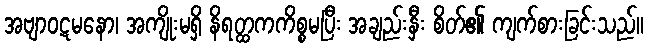
အဗျာဝဋမနော၊ အကျိုးမရှိ နိရတ္ထကကိစ္စမပြီး အချည်းနှီး စိတ်၏ ကျက်စားခြင်းသည်။